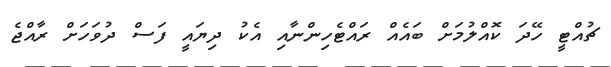
ޗުއްޓީ ހޭދަ ކޮއްލުމަށް ބައެއް ރައްޓެހިންނާއި އެކު ދިޔައީ ފަސް ދުވަހަށް ރާއްޖެ